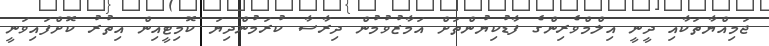
ޖަމިއްޔާތަކާއި ދީނީ އިލްމްވެރިންގެ ފާޑުކިޔުންތަށް އަމާޒުވުމުން ދިރާސާ ކުރަމުންދިޔަ ކޮމިޓީއިން އިތުރު ކޮށްފައިވަނީ